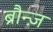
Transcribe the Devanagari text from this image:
ब्रौन्ज़